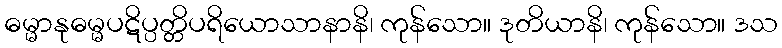
ဓမ္မာနုဓမ္မပဋိပ္ပတ္တိပရိယောသာနာနိ၊ ကုန်သော။ ဒုတိယာနိ၊ ကုန်သော။ ဒသ